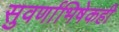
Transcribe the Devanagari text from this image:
सुवर्णाभिषेकही